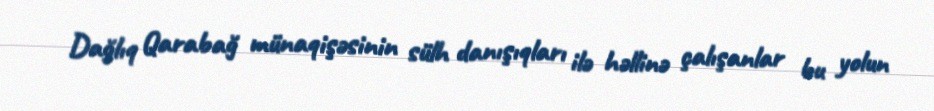
Dağlıq Qarabağ münaqişəsinin sülh danışıqları ilə həllinə çalışanlar bu yolun